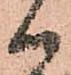
御